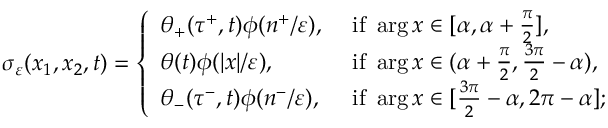
\sigma _ { \varepsilon } ( x _ { 1 } , x _ { 2 } , t ) = \left\{ \begin{array} { l l } { \theta _ { + } ( \tau ^ { + } , t ) \phi ( n ^ { + } / \varepsilon ) , } & { \mathrm { ~ i f ~ } \arg x \in [ \alpha , \alpha + \frac { \pi } { 2 } ] , } \\ { \theta ( t ) \phi ( | x | / \varepsilon ) , } & { \mathrm { ~ i f ~ } \arg x \in ( \alpha + \frac { \pi } { 2 } , \frac { 3 \pi } { 2 } - \alpha ) , } \\ { \theta _ { - } ( \tau ^ { - } , t ) \phi ( n ^ { - } / \varepsilon ) , } & { \mathrm { ~ i f ~ } \arg x \in [ \frac { 3 \pi } { 2 } - \alpha , 2 \pi - \alpha ] ; } \end{array} \right.